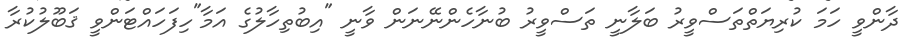
ދާންވީ ހަމަ ކުރިޔަތްތަސްވީރު ބަލާނީ ތަސްވީރު ބުނާހެންނޭނަން ވާނީ "އިބުތިހާލުގެ އަމާ"ހިފަހައްޓަންވީ ޤަބޫލުކުރާ